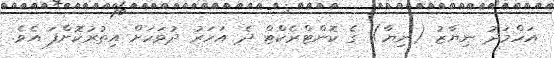
އަހްމަދު ނިޔާޒު (ނިޔާ) ގެ ކޮންޓްރެކްޓް ދެ އަހަރު ދުވަހަށް އިތުރުކޮށްފަ އެވެ.